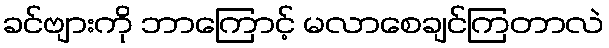
ခင်ဗျားကို ဘာကြောင့် မလာစေချင်ကြတာလဲ